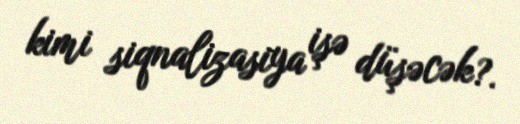
kimi siqnalizasiya işə düşəcək?.